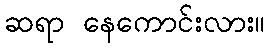
ဆရာ နေကောင်းလား။